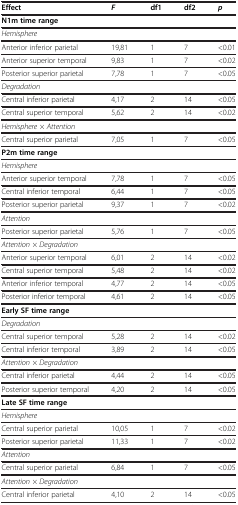
<table><thead><tr><td><b>Effect</b></td><td><b><i>F</i></b></td><td><b>df1</b></td><td><b>df2</b></td><td><b><i>p</i></b></td></tr></thead><tbody><tr><td colspan="5"><b>N1m time range</b></td></tr><tr><td><i>Hemisphere</i></td><td>[EMPTY_CELL]</td><td>[EMPTY_CELL]</td><td>[EMPTY_CELL]</td><td>[EMPTY_CELL]</td></tr><tr><td>Anterior inferior parietal</td><td>19,81</td><td>1</td><td>7</td><td>&lt;0.01</td></tr><tr><td>Anterior superior temporal</td><td>9,83</td><td>1</td><td>7</td><td>&lt;0.02</td></tr><tr><td>Posterior superior parietal</td><td>7,78</td><td>1</td><td>7</td><td>&lt;0.05</td></tr><tr><td><i>Degradation</i></td><td>[EMPTY_CELL]</td><td>[EMPTY_CELL]</td><td>[EMPTY_CELL]</td><td>[EMPTY_CELL]</td></tr><tr><td>Central inferior parietal</td><td>4,17</td><td>2</td><td>14</td><td>&lt;0.05</td></tr><tr><td>Central superior temporal</td><td>5,62</td><td>2</td><td>14</td><td>&lt;0.02</td></tr><tr><td><i>Hemisphere × Attention</i></td><td>[EMPTY_CELL]</td><td>[EMPTY_CELL]</td><td>[EMPTY_CELL]</td><td>[EMPTY_CELL]</td></tr><tr><td>Central superior parietal</td><td>7,05</td><td>1</td><td>7</td><td>&lt;0.05</td></tr><tr><td colspan="5"><b>P2m time range</b></td></tr><tr><td><i>Hemisphere</i></td><td>[EMPTY_CELL]</td><td>[EMPTY_CELL]</td><td>[EMPTY_CELL]</td><td>[EMPTY_CELL]</td></tr><tr><td>Anterior superior temporal</td><td>7,78</td><td>1</td><td>7</td><td>&lt;0.05</td></tr><tr><td>Central inferior temporal</td><td>6,44</td><td>1</td><td>7</td><td>&lt;0.05</td></tr><tr><td>Posterior superior parietal</td><td>9,37</td><td>1</td><td>7</td><td>&lt;0.02</td></tr><tr><td><i>Attention</i></td><td>[EMPTY_CELL]</td><td>[EMPTY_CELL]</td><td>[EMPTY_CELL]</td><td>[EMPTY_CELL]</td></tr><tr><td>Posterior superior parietal</td><td>5,76</td><td>1</td><td>7</td><td>&lt;0.05</td></tr><tr><td><i>Attention × Degradation</i></td><td>[EMPTY_CELL]</td><td>[EMPTY_CELL]</td><td>[EMPTY_CELL]</td><td>[EMPTY_CELL]</td></tr><tr><td>Anterior superior temporal</td><td>6,01</td><td>2</td><td>14</td><td>&lt;0.02</td></tr><tr><td>Central superior temporal</td><td>5,48</td><td>2</td><td>14</td><td>&lt;0.02</td></tr><tr><td>Anterior inferior temporal</td><td>4,77</td><td>2</td><td>14</td><td>&lt;0.05</td></tr><tr><td>Posterior inferior temporal</td><td>4,61</td><td>2</td><td>14</td><td>&lt;0.05</td></tr><tr><td colspan="5"><b>Early SF time range</b></td></tr><tr><td><i>Degradation</i></td><td>[EMPTY_CELL]</td><td>[EMPTY_CELL]</td><td>[EMPTY_CELL]</td><td>[EMPTY_CELL]</td></tr><tr><td>Central superior temporal</td><td>5,28</td><td>2</td><td>14</td><td>&lt;0.02</td></tr><tr><td>Central inferior temporal</td><td>3,89</td><td>2</td><td>14</td><td>&lt;0.05</td></tr><tr><td><i>Attention × Degradation</i></td><td>[EMPTY_CELL]</td><td>[EMPTY_CELL]</td><td>[EMPTY_CELL]</td><td>[EMPTY_CELL]</td></tr><tr><td>Central inferior parietal</td><td>4,44</td><td>2</td><td>14</td><td>&lt;0.05</td></tr><tr><td>Posterior superior temporal</td><td>4,20</td><td>2</td><td>14</td><td>&lt;0.05</td></tr><tr><td colspan="5"><b>Late SF time range</b></td></tr><tr><td><i>Hemisphere</i></td><td>[EMPTY_CELL]</td><td>[EMPTY_CELL]</td><td>[EMPTY_CELL]</td><td>[EMPTY_CELL]</td></tr><tr><td>Central superior parietal</td><td>10,05</td><td>1</td><td>7</td><td>&lt;0.02</td></tr><tr><td>Posterior superior parietal</td><td>11,33</td><td>1</td><td>7</td><td>&lt;0.02</td></tr><tr><td><i>Attention</i></td><td>[EMPTY_CELL]</td><td>[EMPTY_CELL]</td><td>[EMPTY_CELL]</td><td>[EMPTY_CELL]</td></tr><tr><td>Central superior parietal</td><td>6,84</td><td>1</td><td>7</td><td>&lt;0.05</td></tr><tr><td><i>Attention × Degradation</i></td><td>[EMPTY_CELL]</td><td>[EMPTY_CELL]</td><td>[EMPTY_CELL]</td><td>[EMPTY_CELL]</td></tr><tr><td>Central inferior parietal</td><td>4,10</td><td>2</td><td>14</td><td>&lt;0.05</td></tr></tbody></table>